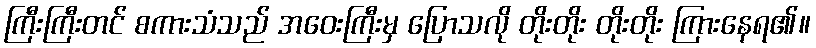
ကြီးကြီးတင် စကားသံသည် အဝေးကြီးမှ ပြောသလို တိုးတိုး တိုးတိုး ကြားနေရ၏။